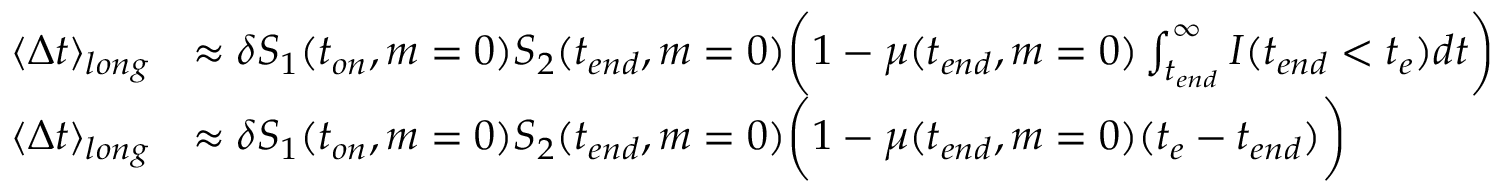
\begin{array} { r l } { \langle \Delta t \rangle _ { l o n g } } & { \approx \delta S _ { 1 } ( t _ { o n } , m = 0 ) S _ { 2 } ( t _ { e n d } , m = 0 ) \bigg ( 1 - \mu ( t _ { e n d } , m = 0 ) \int _ { t _ { e n d } } ^ { \infty } I ( t _ { e n d } < t _ { e } ) d t \bigg ) } \\ { \langle \Delta t \rangle _ { l o n g } } & { \approx \delta S _ { 1 } ( t _ { o n } , m = 0 ) S _ { 2 } ( t _ { e n d } , m = 0 ) \bigg ( 1 - \mu ( t _ { e n d } , m = 0 ) ( t _ { e } - t _ { e n d } ) \bigg ) } \end{array}